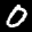
Label: 0